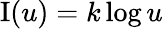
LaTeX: \operatorname{I}(u)=k\log u